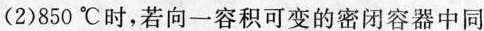
(2)850℃时，若向一容积可变的密闭容器中同